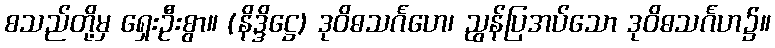
စသည်တို့မှ ရှေးဦးစွာ။ (နိဒ္ဒိဋ္ဌေ) ဒုဝိဓသင်္ဂဟေ၊ ညွန်ပြအပ်သော ဒုဝိဓသင်္ဂဟ၌။